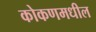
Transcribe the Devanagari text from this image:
कोकणमधील